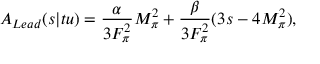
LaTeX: A _ { L e a d } ( s | t u ) = \frac { \alpha } { 3 F _ { \pi } ^ { 2 } } M _ { \pi } ^ { 2 } + \frac { \beta } { 3 F _ { \pi } ^ { 2 } } ( 3 s - 4 M _ { \pi } ^ { 2 } ) ,